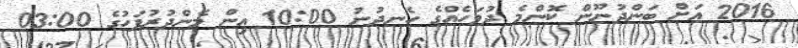
2016 އަށް ބަންދުނޫން ކޮންމެ ދުވަހެއްގެ ހެނދުނު 10:00 އިން މެންދުރުފަހުގެ 03:00